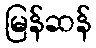
မြန်ဆန်